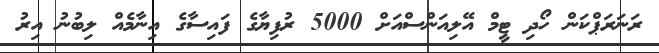
ރަނަރަޕްކަން ހޯދި ޓީމް އޭލިއަންސްއަށް 5000 ރުފިޔާގެ ފައިސާގެ އިނާމެއް ލިބުނު އިރު